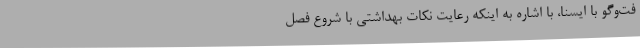
فت‌وگو با ایسنا، با اشاره به اینکه رعایت نکات بهداشتی با شروع فصل